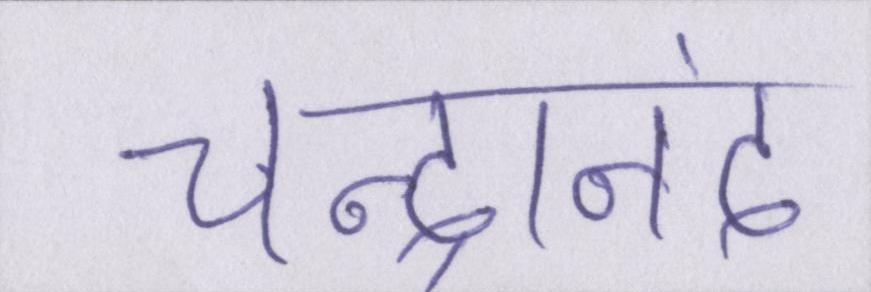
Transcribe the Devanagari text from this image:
चन्द्रानंद